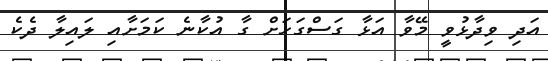
އަދި ވިދާޅުވީ މޭވާ އަޅާ ގަސްގަހަށް ގާ އުކާނެ ކަަމަށާއި ލައިލާ ދެކެ